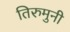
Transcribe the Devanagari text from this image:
तिरुमुनी